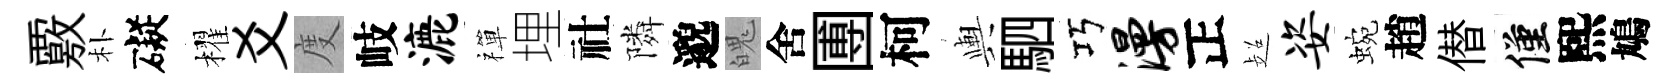
覈朴礙櫂爻度岐漉禪埋社隣邈魄舍圑柯輿駟巧漫正超姿蜿趙僣僅熙鳩